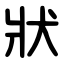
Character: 狀